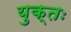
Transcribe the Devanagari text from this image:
युक्‍तः